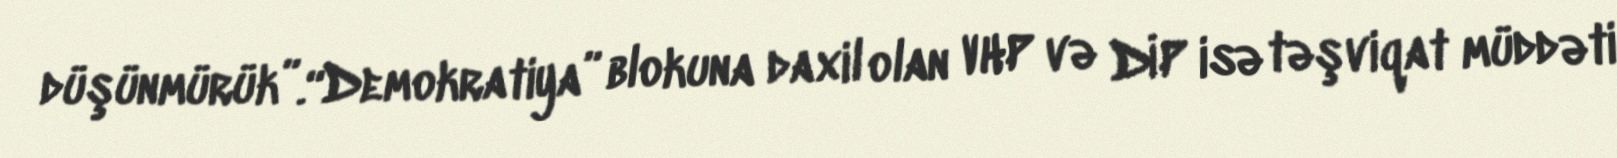
düşünmürük”.“Demokratiya” blokuna daxil olan VHP və DİP isə təşviqat müddəti